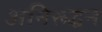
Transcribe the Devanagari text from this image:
अनिरूद्धन